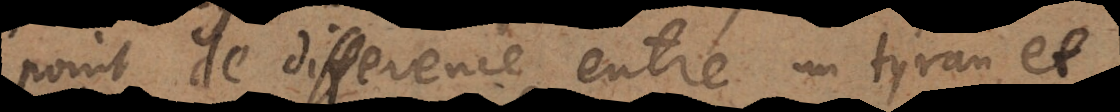
point de difference entre un tyran et